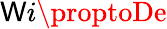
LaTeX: \mathsf{W}i\proptoDe